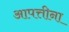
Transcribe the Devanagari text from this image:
आपत्तीना